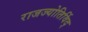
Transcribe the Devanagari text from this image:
राजज्योतिर्विद्